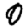
Digit: 0